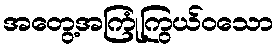
အတွေ့အကြုံကြွယ်ဝသော